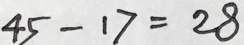
4 5 - 1 7 = 2 8